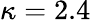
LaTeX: \kappa=2.4